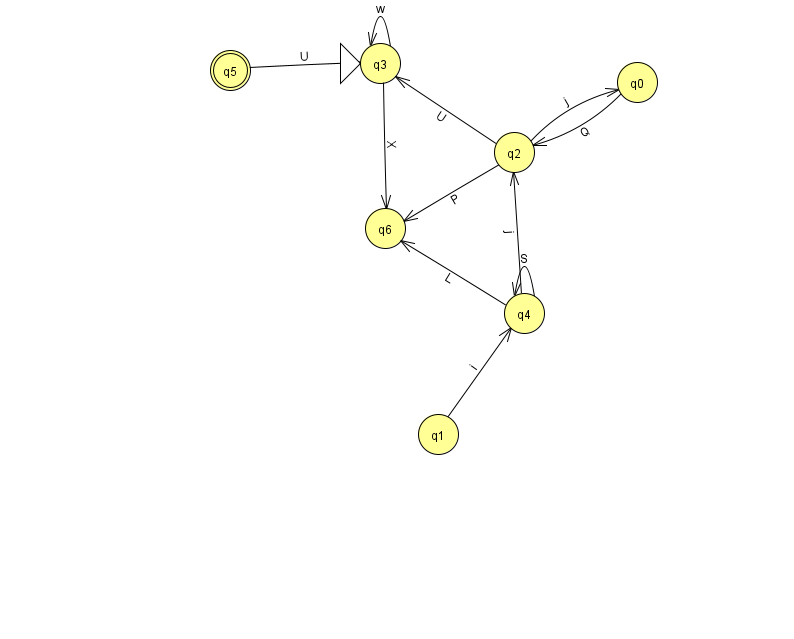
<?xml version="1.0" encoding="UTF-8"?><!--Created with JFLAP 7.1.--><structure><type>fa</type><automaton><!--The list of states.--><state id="0" name="q0"><x>637.0</x><y>69.0</y></state><state id="1" name="q1"><x>438.0</x><y>421.0</y></state><state id="2" name="q2"><x>514.0</x><y>139.0</y></state><state id="3" name="q3"><x>380.0</x><y>50.0</y><initial/></state><state id="4" name="q4"><x>524.0</x><y>300.0</y></state><state id="5" name="q5"><x>230.0</x><y>57.0</y><final/></state><state id="6" name="q6"><x>385.0</x><y>215.0</y></state><!--The list of transitions.--><transition><from>2</from><to>6</to><read>P</read></transition><transition><from>3</from><to>6</to><read>X</read></transition><transition><from>4</from><to>4</to><read>S</read></transition><transition><from>0</from><to>2</to><read>Q</read></transition><transition><from>3</from><to>3</to><read>w</read></transition><transition><from>1</from><to>4</to><read>i</read></transition><transition><from>4</from><to>2</to><read>j</read></transition><transition><from>5</from><to>3</to><read>U</read></transition><transition><from>2</from><to>0</to><read>j</read></transition><transition><from>2</from><to>3</to><read>U</read></transition><transition><from>4</from><to>6</to><read>L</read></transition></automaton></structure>